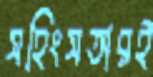
সহিংসতারই